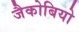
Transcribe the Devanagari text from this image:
जैकोबियो